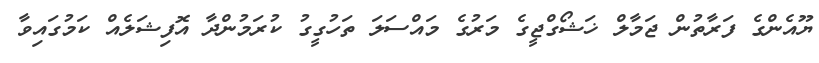
ޔޫއެންގެ ފަރާތުން ޖަމާލް ޚަޝޯގްޖީގެ މަރުގެ މައްސަލަ ތަހުގީގު ކުރަމުންދާ އޮފިޝަލެއް ކަމުގައިވާ